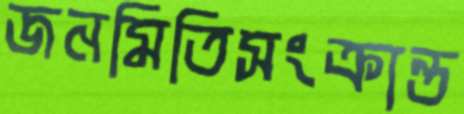
জনমিতিসংক্রান্ত